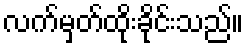
လက်မှတ်ထိုးခိုင်းသည်။